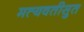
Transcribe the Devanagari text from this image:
मत्यवतीसुत